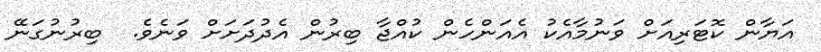
އަޔާން ކޮޓަރިއަށް ވަނުމާއެކު އެއަންހެން ކުއްޖާ ބިރުން އެދުދަށަށް ވަނެވެ.  ބިރުނުގަނޭ